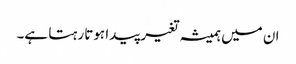
ان میں ہمیشہ تغیر پیدا ہوتا رہتا ہے۔